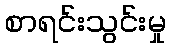
စာရင်းသွင်းမှု